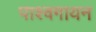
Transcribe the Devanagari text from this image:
पाश्वगायन